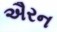
ઐરન